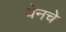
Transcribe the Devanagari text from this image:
येनचे